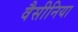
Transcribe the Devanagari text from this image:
वैसीनिया